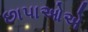
છાપાઓએ